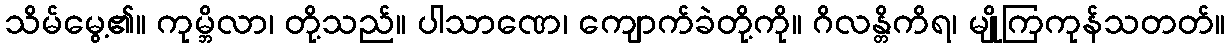
သိမ်မွေ့၏။ ကုမ္ဘိလာ၊ တို့သည်။ ပါသာဏေ၊ ကျောက်ခဲတို့ကို။ ဂိလန္တိကိရ၊ မျိုကြကုန်သတတ်။